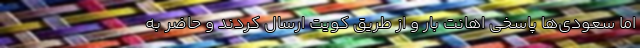
اما سعودی‌ها پاسخی اهانت بار و از طریق کویت ارسال کردند و حاضر به